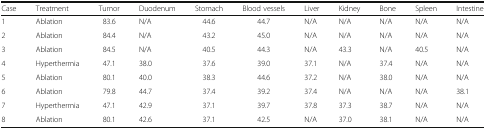
<table><thead><tr><td><b>Case</b></td><td><b>Treatment</b></td><td><b>Tumor</b></td><td><b>Duodenum</b></td><td><b>Stomach</b></td><td><b>Blood vessels</b></td><td><b>Liver</b></td><td><b>Kidney</b></td><td><b>Bone</b></td><td><b>Spleen</b></td><td><b>Intestine</b></td></tr></thead><tbody><tr><td>1</td><td>Ablation</td><td>83.6</td><td>N/A</td><td>44.6</td><td>44.7</td><td>N/A</td><td>N/A</td><td>N/A</td><td>N/A</td><td>N/A</td></tr><tr><td>2</td><td>Ablation</td><td>84.4</td><td>N/A</td><td>43.2</td><td>45.0</td><td>N/A</td><td>N/A</td><td>N/A</td><td>N/A</td><td>N/A</td></tr><tr><td>3</td><td>Ablation</td><td>84.5</td><td>N/A</td><td>40.5</td><td>44.3</td><td>N/A</td><td>43.3</td><td>N/A</td><td>40.5</td><td>N/A</td></tr><tr><td>4</td><td>Hyperthermia</td><td>47.1</td><td>38.0</td><td>37.6</td><td>39.0</td><td>37.1</td><td>N/A</td><td>37.4</td><td>N/A</td><td>N/A</td></tr><tr><td>5</td><td>Ablation</td><td>80.1</td><td>40.0</td><td>38.3</td><td>44.6</td><td>37.2</td><td>N/A</td><td>38.0</td><td>N/A</td><td>N/A</td></tr><tr><td>6</td><td>Ablation</td><td>79.8</td><td>44.7</td><td>37.4</td><td>39.2</td><td>37.4</td><td>N/A</td><td>N/A</td><td>N/A</td><td>38.1</td></tr><tr><td>7</td><td>Hyperthermia</td><td>47.1</td><td>42.9</td><td>37.1</td><td>39.7</td><td>37.8</td><td>37.3</td><td>38.7</td><td>N/A</td><td>N/A</td></tr><tr><td>8</td><td>Ablation</td><td>80.1</td><td>42.6</td><td>37.1</td><td>42.5</td><td>N/A</td><td>37.0</td><td>38.1</td><td>N/A</td><td>N/A</td></tr></tbody></table>